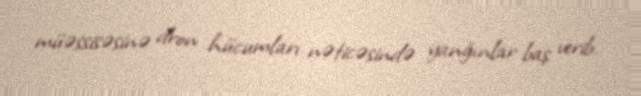
müəssisəsinə dron hücumları nəticəsində yanğınlar baş verib.